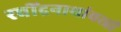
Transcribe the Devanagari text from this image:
रवींद्रनाथांवरही